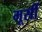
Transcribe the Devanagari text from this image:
मूर्सी